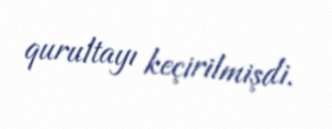
qurultayı keçirilmişdi.